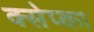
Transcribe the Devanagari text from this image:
क्सेप्का